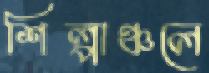
শিল্পাঞ্চলে